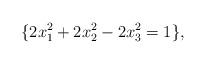
LaTeX: \begin{align*} \{ 2x_1^2 + 2x_2^2 - 2x_3^2 = 1 \}, \end{align*}